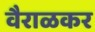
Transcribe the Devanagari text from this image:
वैराळकर